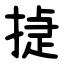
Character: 㨗